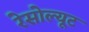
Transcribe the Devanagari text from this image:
रेसोल्यूट